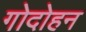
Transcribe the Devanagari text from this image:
गोदोहन